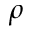
\rho